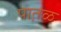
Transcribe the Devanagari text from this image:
पात़ळ